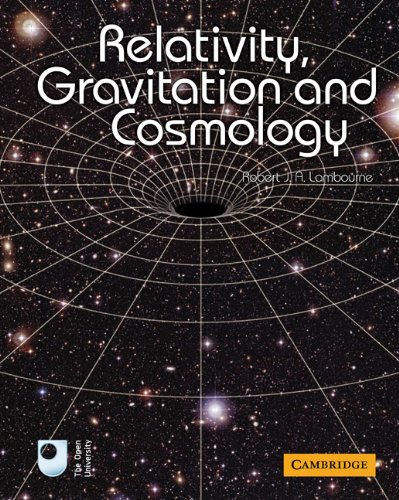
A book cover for Relativity, Gravitation and Cosmology; Robert J. A. Lambourne; Science & Math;